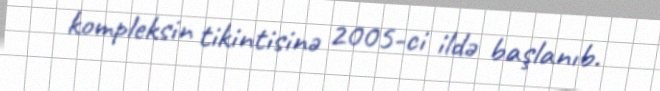
kompleksin tikintisinə 2005-ci ildə başlanıb.